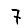
Digit: 7